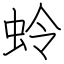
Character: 蛉